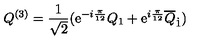
Q ^ { ( 3 ) } = \frac { 1 } { \sqrt { 2 } } ( \mathrm { e } ^ { - i { \frac { \pi } { 1 2 } } } Q _ { 1 } + \mathrm { e } ^ { i { \frac { \pi } { 1 2 } } } \overline { { Q } } _ { \dot { 1 } } )